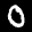
Label: 0